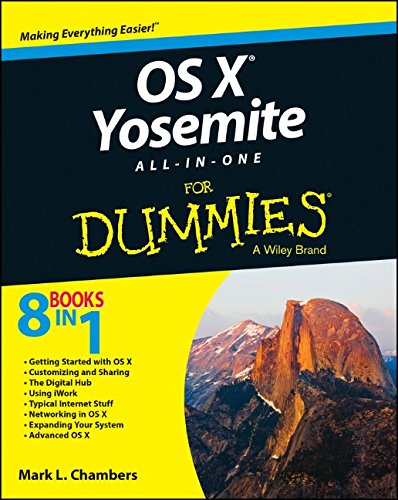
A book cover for OS X Yosemite All-in-One For Dummies; Mark L. Chambers; Computers & Technology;